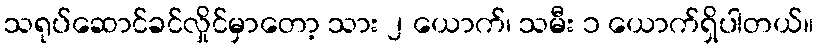
သရုပ်ဆောင်ခင်လှိုင်မှာတော့ သား ၂ ယောက်၊ သမီး ၁ ယောက်ရှိပါတယ်။